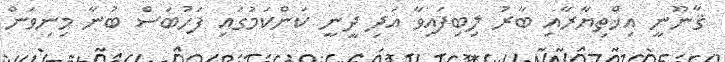
ޤާނޫނީ އިޚްތިޔާރާއި ބާރު ލިބިފައިވާ އަދި ދީނީ ކަންކަމުގައި ފަހުބަސް ބުނާ މިނިވަން